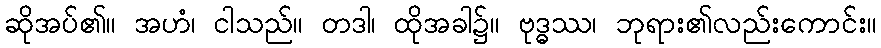
ဆိုအပ်၏။ အဟံ၊ ငါသည်။ တဒါ၊ ထိုအခါ၌။ ဗုဒ္ဓဿ၊ ဘုရား၏လည်းကောင်း။